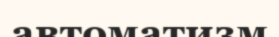
автоматизм